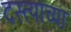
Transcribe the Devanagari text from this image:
दस्त्याच्या